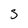
Character: S